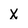
Character: X